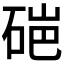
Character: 𬒏